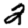
Digit: 2